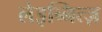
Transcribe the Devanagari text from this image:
लेइब्नित्ज़